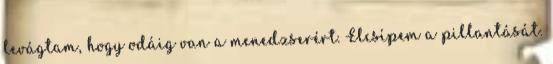
levágtam, hogy odáig van a menedzserért. Elcsípem a pillantását.